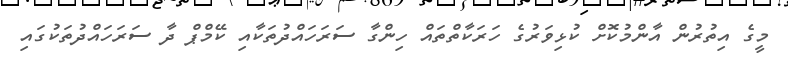
މީގެ އިތުރުން އާންމުކޮށް ކުޅިވަރުގެ ހަރަކާތްތައް ހިންގާ ސަރަހައްދުތަކާއި ކޭމްޕް ދާ ސަރަހައްދުތަކުގައި